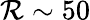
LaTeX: \mathcal{R}\sim50